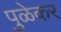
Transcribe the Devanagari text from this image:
पुळेकर